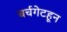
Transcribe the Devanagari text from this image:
चर्चगेटहून